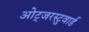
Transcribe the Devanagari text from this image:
ओट्जरस्टुवार्ड